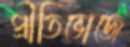
প্রীতিভোজে